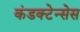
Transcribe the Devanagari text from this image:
कंडक्टेन्सेस